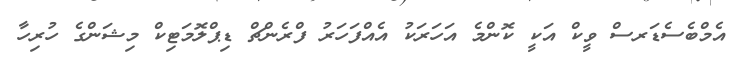
އެމްބެސެޑަރސް ވީކް އަކީ ކޮންމެ އަހަރަކު އެއްފަހަރު ފްރެންޗް ޑިޕްލޮމަޓިކް މިޝަންގެ ހުރިހާ